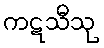
ကဋသီသု